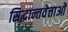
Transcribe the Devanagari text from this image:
सिद्धान्तवेत्ताओं